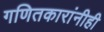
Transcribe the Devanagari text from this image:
गणितकारांनीही